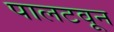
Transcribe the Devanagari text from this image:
पालटवून